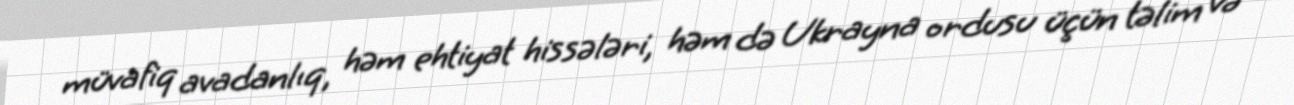
müvafiq avadanlıq, həm ehtiyat hissələri, həm də Ukrayna ordusu üçün təlim və